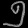
Digit: ၅